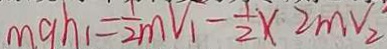
m g h _ { 1 } = \frac { 1 } { 2 } m V _ { 1 } - \frac { 1 } { 2 } \times 2 m v _ { 2 }